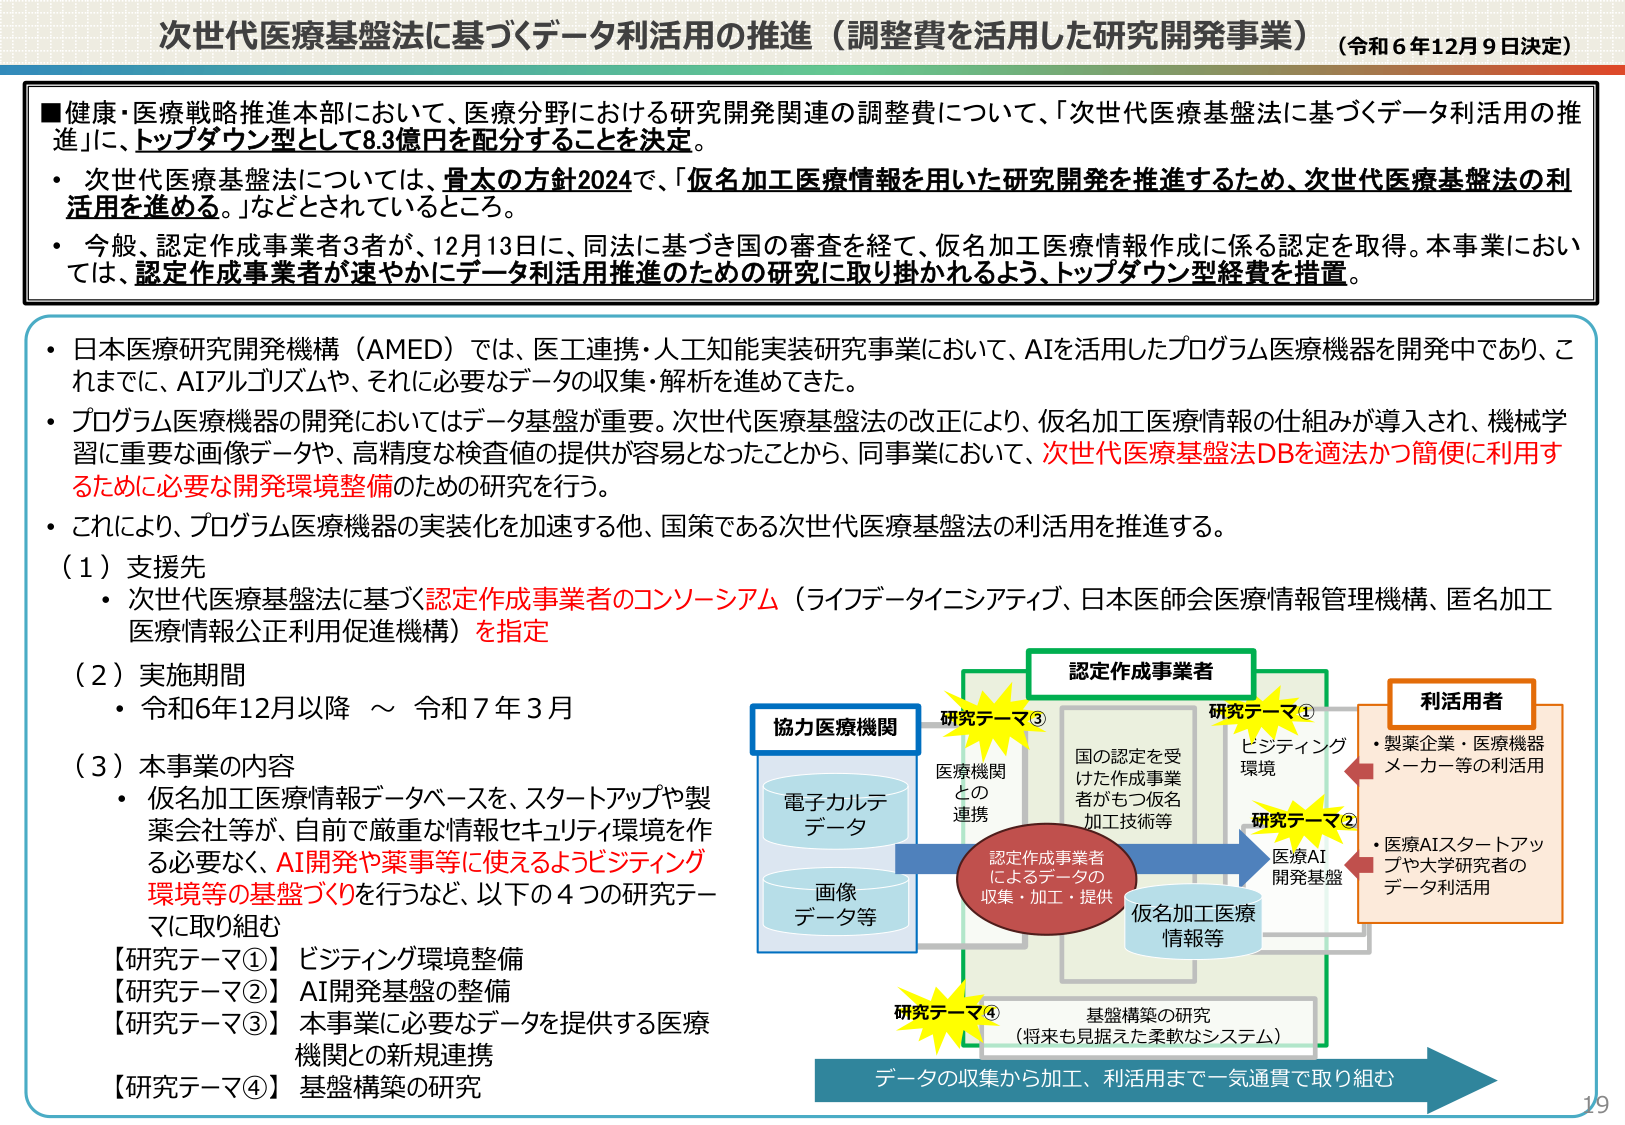
次世代医療基盤法に基づくデータ利活用の推進（調整費を活用した研究開発事業）（令和6年12月9日決定）

■健康・医療戦略推進本部において、医療分野における研究開発関連の調整費について、「次世代医療基盤法に基づくデータ利活用の推進」に、トップダウン型として8.3億円を配分することを決定。
・次世代医療基盤法については、骨太の方針2024で、「仮名加工医療情報を用いた研究開発を推進するため、次世代医療基盤法の利活用を進める。」などとされているところ。
・今般、認定作成事業者3者が、12月13日に、同法に基づき国の審査を経て、仮名加工医療情報作成に係る認定を取得。本事業においては、認定作成事業者が速やかにデータ利活用推進のための研究に取り掛かるよう、トップダウン型経費を措置。

・日本医療研究開発機構（AMED）では、医工連携・人工知能実装研究事業において、AIを活用したプログラム医療機器を開発中であり、これまでに、AIアルゴリズムや、それに必要なデータの収集・解析を進めてきた。
・プログラム医療機器の開発においてはデータ基盤が重要。次世代医療基盤法の改正により、仮名加工医療情報の仕組みが導入され、機械学習に重要な画像データや、高精度な検査値の提供が容易となったことから、同事業において、次世代医療基盤法DBを適法かつ簡便に利用するために必要な開発環境整備のための研究を行う。
・これにより、プログラム医療機器の実装化を加速する他、国策である次世代医療基盤法の利活用を推進する。

（1）支援先
・次世代医療基盤法に基づく認定作成事業者のコンソーシアム（ライフデータイニシアティブ、日本医師会医療情報管理機構、匿名加工医療情報公正利用促進機構）を指定

（2）実施期間
・令和6年12月以降 ～ 令和7年3月

（3）本事業の内容
・仮名加工医療情報データベースを、スタートアップや製薬会社等が、自前で厳重な情報セキュリティ環境を作る必要なく、AI開発や薬事等に使えるようビジティング環境等の基盤づくりを行うなど、以下の4つの研究テーマに取り組む
【研究テーマ①】ビジティング環境整備
【研究テーマ②】AI開発基盤の整備
【研究テーマ③】本事業に必要なデータを提供する医療機関との新規連携
【研究テーマ④】基盤構築の研究

協力医療機関
電子カルテデータ
画像データ等

認定作成事業者
国の認定を受けた作成事業者がもつ仮名加工技術等

仮名加工医療情報等

研究テーマ③
医療機関との連携

研究テーマ①
ビジティング環境

研究テーマ②
医療AI開発基盤

研究テーマ④
基盤構築の研究
（将来も見据えた柔軟なシステム）

利活用者
・製薬企業・医療機器メーカー等の利活用
・医療AIスタートアップや大学研究者のデータ利活用

データの収集から加工、利活用まで一気通貫で取り組む

19